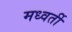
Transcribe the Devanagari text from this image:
मध्वर्ती